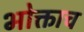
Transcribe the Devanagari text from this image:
भोक्ताच